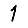
Digit: 1